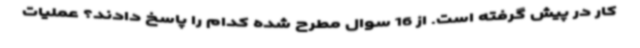
کار در پیش گرفته است. از 16 سوال مطرح شده کدام را پاسخ دادند؟ عملیات